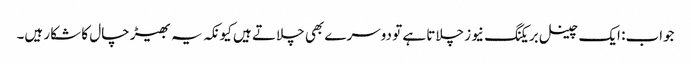
جواب: ایک چینل بریکنگ نیوز چلاتا ہے تو دوسرے بھی چلاتے ہیں کیونکہ یہ بھیڑ چال کا شکار ہیں۔